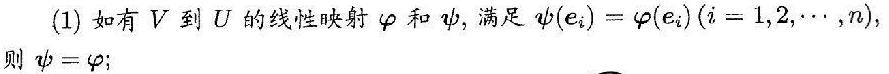
(1) 如有 $V$ 到 $U$ 的线性映射 $\varphi$ 和 $\psi$, 满足 $\psi(e_i)=\varphi(e_i)(i = 1,2,\cdots,n)$, 则 $\psi=\varphi$;